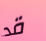
قد